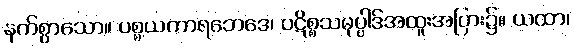
နက်စွာသော။ ပစ္စယကာရဘေဒေ၊ ပဋိစ္စသမုပ္ပါဒ်အထူးအပြား၌။ ယထာ၊